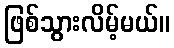
ဖြစ်သွားလိမ့်မယ်။